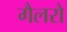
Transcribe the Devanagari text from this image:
गैलरो